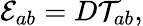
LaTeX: {\cal E}_{ab}=D{\cal T}_{ab},